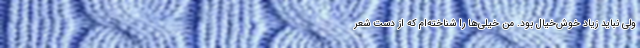
ولی نباید زیاد خوش‌خیال بود. من خیلی‌ها را شناخته‌ام که از دست شعر